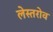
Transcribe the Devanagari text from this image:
लेस्तरोव